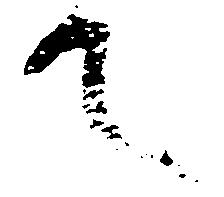
て